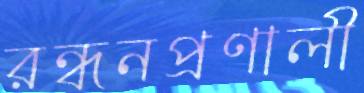
রন্ধনপ্রণালী